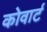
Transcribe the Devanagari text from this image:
कोवार्ट